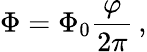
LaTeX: \Phi=\Phi_{0}{\frac{\varphi}{2\pi}}\, ,